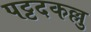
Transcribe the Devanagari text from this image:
पट्टदकल्लु